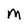
Character: M